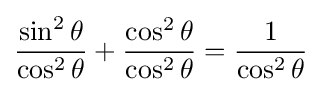
{\frac {\sin ^{2}\theta }{\cos ^{2}\theta }}+{\frac {\cos ^{2}\theta }{\cos ^{2}\theta }}={\frac {1}{\cos ^{2}\theta }}